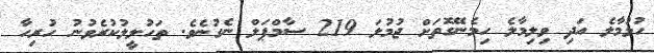
ހުޅުމާލެ އަދި ވިލިމާލެ ހިމެނޭގޮތަށް ޖުމުލަ 219 ސާމްޕަލް ނެގުނެވެ. ތަހުލީލުކުރެވުނު ހުރިހާ